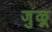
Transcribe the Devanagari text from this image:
जुळू